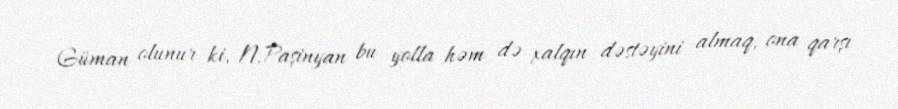
Güman olunur ki, N.Paşinyan bu yolla həm də xalqın dəstəyini almaq, ona qarşı